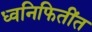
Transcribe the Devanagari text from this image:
ध्वनिफितींत